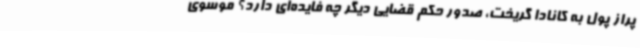
پراز پول به کانادا گریخت، صدور حکم قضایی دیگر چه فایده‌ای دارد؟ موسوی